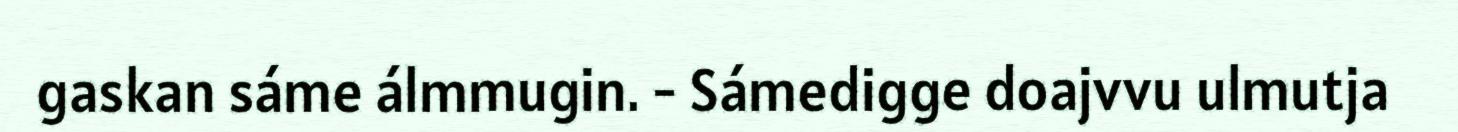
gaskan sáme álmmugin. - Sámedigge doajvvu ulmutja